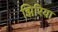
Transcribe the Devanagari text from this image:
झिरिया